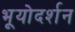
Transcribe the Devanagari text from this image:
भूयोदर्शन